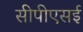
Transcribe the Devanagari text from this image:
सीपीएसई